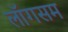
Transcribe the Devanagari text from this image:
लॉगसम